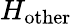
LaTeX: H_{\mathrm{other}}